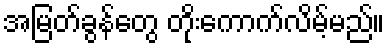
အမြတ်ခွန်တွေ တိုးကောက်လိမ့်မည်။